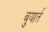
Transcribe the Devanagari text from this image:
बुयार्त